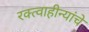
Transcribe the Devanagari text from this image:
रक्त्वाहीन्यांचे